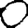
Digit: 0